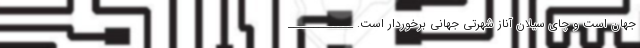
جهان است و چای سیلان آناز شهرتی جهانی برخوردار است. _____________